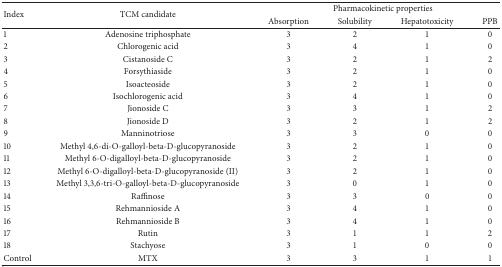
<table><thead><tr><td rowspan="2"><b>Index</b></td><td rowspan="2"><b>TCM candidate</b></td><td colspan="4"><b>Pharmacokinetic properties</b></td></tr><tr><td><b>Absorption</b></td><td><b>Solubility</b></td><td><b>Hepatotoxicity</b></td><td><b>PPB</b></td></tr></thead><tbody><tr><td>1</td><td>Adenosine triphosphate</td><td>3</td><td>2</td><td>1</td><td>0</td></tr><tr><td>2</td><td>Chlorogenic acid</td><td>3</td><td>4</td><td>1</td><td>0</td></tr><tr><td>3</td><td>Cistanoside C</td><td>3</td><td>2</td><td>1</td><td>2</td></tr><tr><td>4</td><td>Forsythiaside</td><td>3</td><td>2</td><td>1</td><td>0</td></tr><tr><td>5</td><td>Isoacteoside</td><td>3</td><td>2</td><td>1</td><td>0</td></tr><tr><td>6</td><td>Isochlorogenic acid</td><td>3</td><td>4</td><td>1</td><td>0</td></tr><tr><td>7</td><td>Jionoside C</td><td>3</td><td>3</td><td>1</td><td>2</td></tr><tr><td>8</td><td>Jionoside D</td><td>3</td><td>2</td><td>1</td><td>2</td></tr><tr><td>9</td><td>Manninotriose</td><td>3</td><td>3</td><td>0</td><td>0</td></tr><tr><td>10</td><td>Methyl 4,6-di-O-galloyl-beta-D-glucopyranoside</td><td>3</td><td>2</td><td>1</td><td>0</td></tr><tr><td>11</td><td>Methyl 6-O-digalloyl-beta-D-glucopyranoside</td><td>3</td><td>2</td><td>1</td><td>0</td></tr><tr><td>12</td><td>Methyl 6-O-digalloyl-beta-D-glucopyranoside (II)</td><td>3</td><td>2</td><td>1</td><td>0</td></tr><tr><td>13</td><td>Methyl 3,3,6-tri-O-galloyl-beta-D-glucopyranoside</td><td>3</td><td>0</td><td>1</td><td>0</td></tr><tr><td>14</td><td>Raffinose</td><td>3</td><td>3</td><td>0</td><td>0</td></tr><tr><td>15</td><td>Rehmannioside A</td><td>3</td><td>4</td><td>1</td><td>0</td></tr><tr><td>16</td><td>Rehmannioside B</td><td>3</td><td>4</td><td>1</td><td>0</td></tr><tr><td>17</td><td>Rutin</td><td>3</td><td>1</td><td>1</td><td>2</td></tr><tr><td>18</td><td>Stachyose</td><td>3</td><td>1</td><td>0</td><td>0</td></tr><tr><td>Control</td><td>MTX</td><td>3</td><td>3</td><td>1</td><td>1</td></tr></tbody></table>